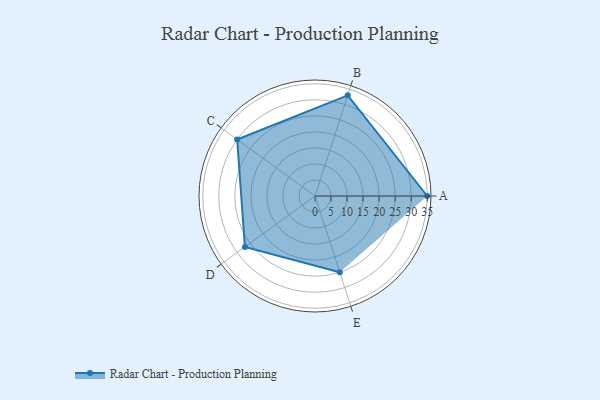
{"axis": {"x": "Skill", "y": "Score"}, "legend": ["Profile"], "data": [{"x": "A", "y": 35.0, "type": "Profile"}, {"x": "B", "y": 33.0, "type": "Profile"}, {"x": "C", "y": 30.0, "type": "Profile"}, {"x": "D", "y": 27.0, "type": "Profile"}, {"x": "E", "y": 25.0, "type": "Profile"}]}